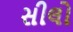
સીલો